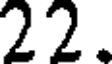
22.